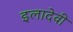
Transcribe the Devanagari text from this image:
इलादेवी